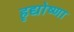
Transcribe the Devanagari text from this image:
हृद्योष्णा